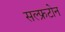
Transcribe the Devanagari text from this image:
सल्फ्रटोन